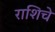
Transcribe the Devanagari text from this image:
राशिचे